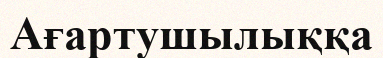
Ағартушылыққа